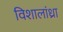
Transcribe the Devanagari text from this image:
विशालांध्रा